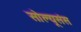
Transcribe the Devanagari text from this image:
सोल्यूसंस